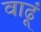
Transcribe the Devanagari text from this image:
वाढूं